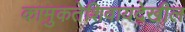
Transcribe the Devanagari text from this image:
कामुकतेशिवायदेखील